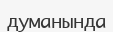
думанында